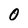
Character: 0